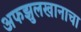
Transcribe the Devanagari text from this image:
अफझुलखानाचा